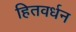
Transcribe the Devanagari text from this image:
हितवर्धन